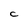
Character: C